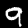
Label: 9